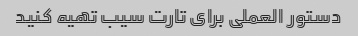
دستور العملی برای تارت سیب تهیه کنید